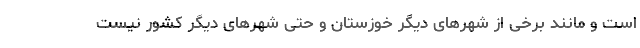
است و مانند برخی از شهر‌های دیگر خوزستان و حتی شهر‌های دیگر کشور نیست